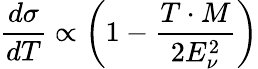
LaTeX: \frac{d\sigma}{dT}\propto\left(1-\frac{T\cdot M}{2E_{\nu}^{2}}\right)